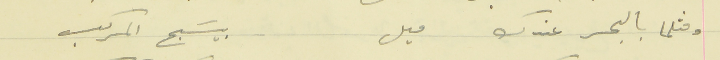
ومثلما بالبحر عندك ميل                                       بيسَبح المركب